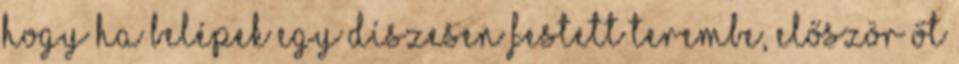
hogy ha belépek egy díszesen festett terembe, először őt